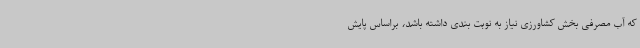
که آب مصرفی بخش کشاورزی نیاز به نوبت بندی داشته باشد، براساس پایش